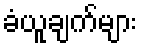
ခံယူချက်များ